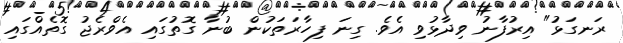
ރަނގަޅު" އިރުފާނު ވިދާޅުވި އެވެ. ގިނަ ފިހާރަތަކުން ބުނާ ގޮތުގައި އެވްރެޖު ގޮތެއްގައި